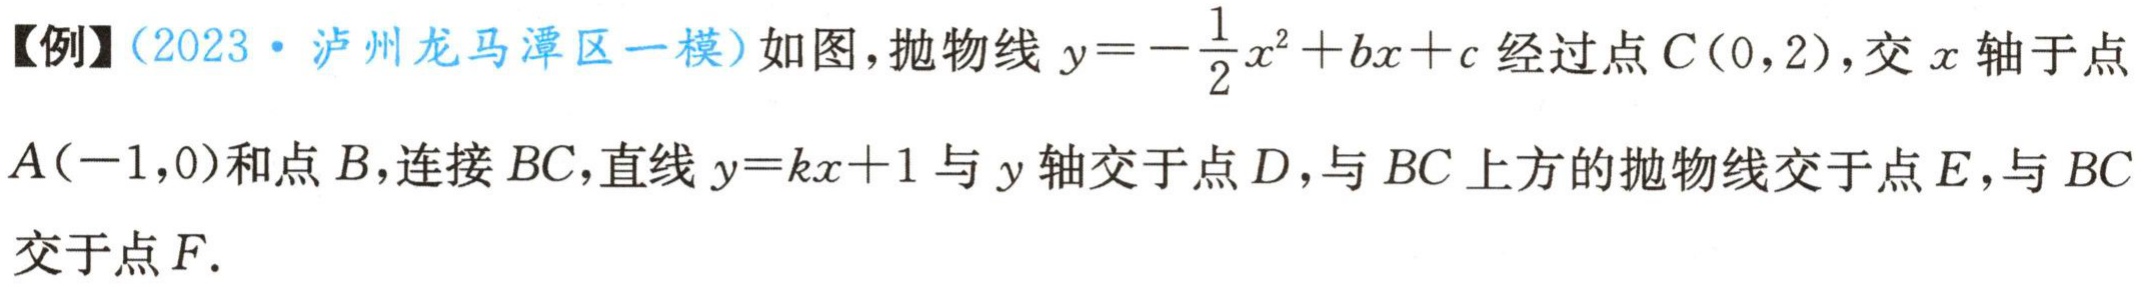
【例】（2023·泸州龙马潭区一模）如图，抛物线\(y = -\frac{1}{2}x^{2}+bx + c\)经过点\(C(0,2)\)，交\(x\)轴于点\(A(-1,0)\)和点\(B\)，连接\(BC\)，直线\(y = kx + 1\)与\(y\)轴交于点\(D\)，与\(BC\)上方的抛物线交于点\(E\)，与\(BC\)交于点\(F\).